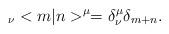
LaTeX: \begin{align*}{\hphantom >}_\nu<m|n>^\mu = \delta^\mu_\nu\delta_{m+n}.\end{align*}